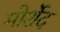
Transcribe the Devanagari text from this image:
मोर्शेद